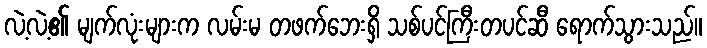
လဲ့လဲ့၏ မျက်လုံးများက လမ်းမ တဖက်ဘေးရှိ သစ်ပင်ကြီးတပင်ဆီ ရောက်သွားသည်။